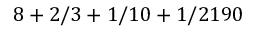
8 + 2 / 3 + 1 / 1 0 + 1 / 2 1 9 0